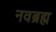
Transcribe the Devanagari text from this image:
नवब्रह्म